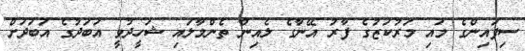
ސިފައިންގެ މައި މަރުކަޒުގެ ފާރު އޭނާގެ ލެއިން ތެންމާލައި ޝަހީދުވީ އަބަދުގެ އަބަދަށް